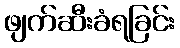
ဖျက်ဆီးခံရခြင်း